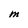
Character: M